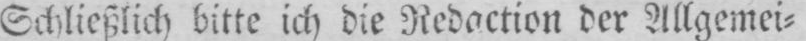
Schließlich bitte ich die Redaction der Allgemei⸗